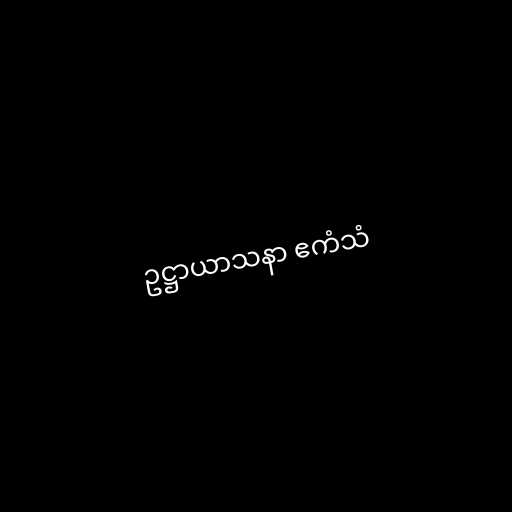
ဥဋ္ဌာယာသနာ ဧကံသံ